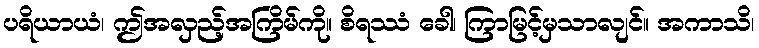
ပရိယာယံ၊ ဤအလှည့်အကြိမ်ကို။ စိရဿံ ခေါ၊ ကြာမြင့်မှသာလျင်။ အကာသိ၊